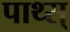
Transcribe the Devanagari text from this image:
पाथ्स्‌